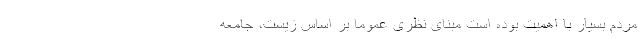
مردم بسیار با اهمیت بوده است مبنای نظری عموما بر اساس زیست، جامعه